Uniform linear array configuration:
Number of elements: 32
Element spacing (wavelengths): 0.5
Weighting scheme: blackman
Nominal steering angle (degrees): -30
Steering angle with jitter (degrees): -29.049
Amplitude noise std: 0.05
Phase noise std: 0.05

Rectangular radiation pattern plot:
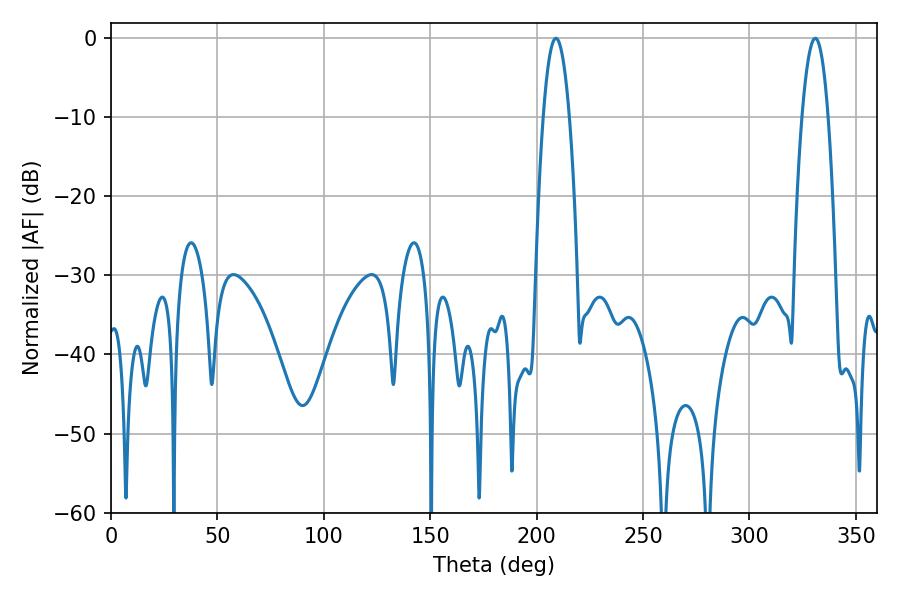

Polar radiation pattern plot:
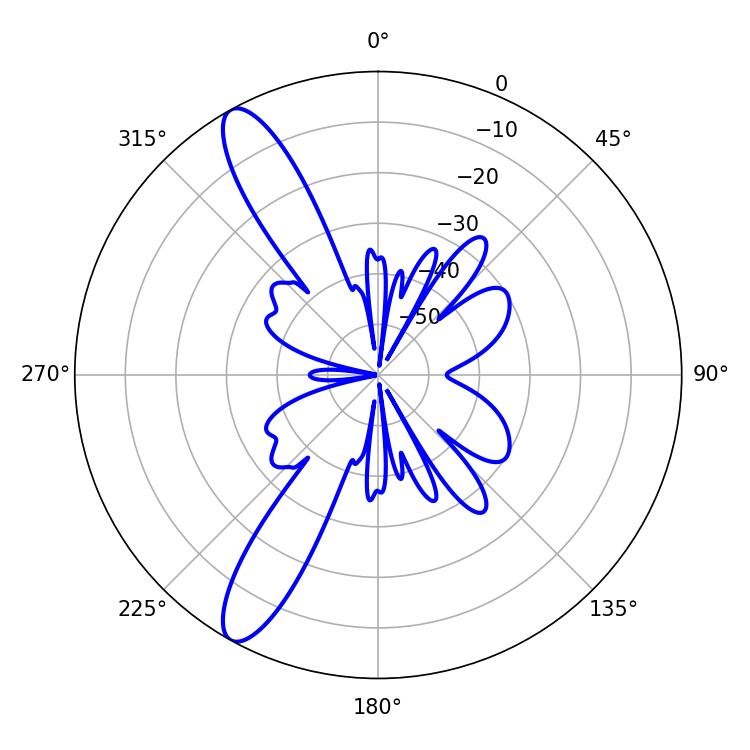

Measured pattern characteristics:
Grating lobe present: FALSE
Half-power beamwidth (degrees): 6.84
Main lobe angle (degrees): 208.98